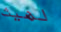
لهيث